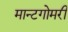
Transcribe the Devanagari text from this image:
मान्टगोमरी